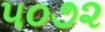
૫૦૭૨